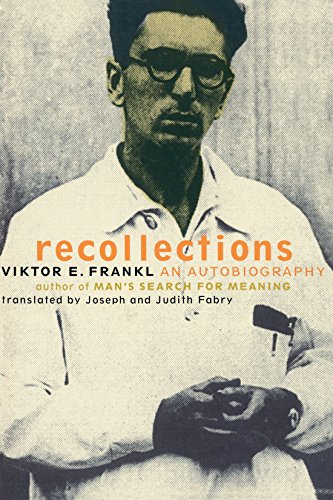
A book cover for Recollections: An Autobiography; Viktor Frankl; Biographies & Memoirs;